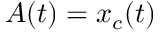
A ( t ) = x _ { c } ( t )